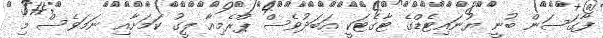
ފާގަސަން ބުނީ ޔުނައިޓެޑްގެ ޓާގެޓަކީ އަބަދުވެސް ޕްރެމިއާ ލީގު ކަމަށާއި ނަމަވެސް މި